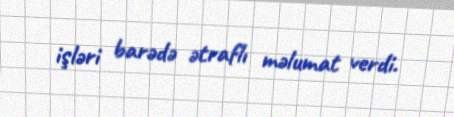
işləri barədə ətraflı məlumat verdi.